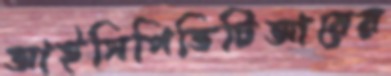
আইসিপিভিটিআরের